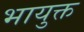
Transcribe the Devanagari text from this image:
भायुक्त